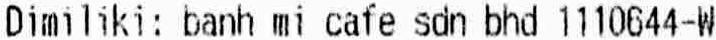
DIMILIKI: BANH MI CAFE SDN BHD 1110644-W